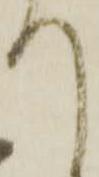
て